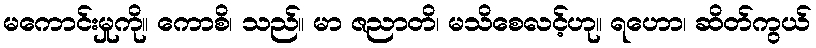
မကောင်းမှုကို။ ကောစိ၊ သည်။ မာ ဇညာတိ၊ မသိစေလင့်ဟု။ ရဟော၊ ဆိတ်ကွယ်